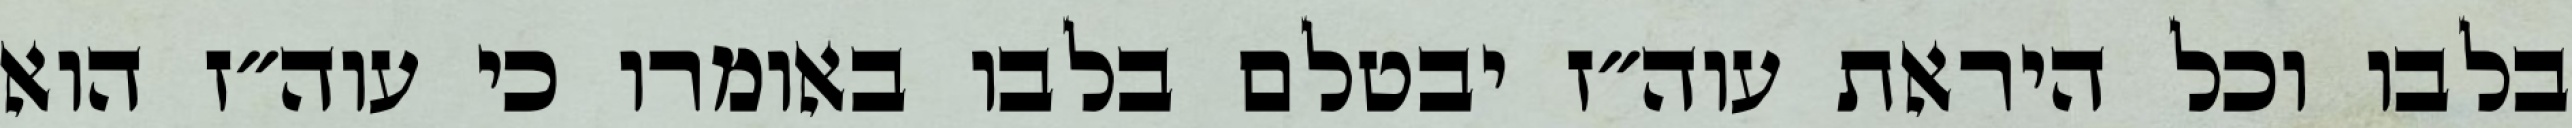
בלבו וכל היראת עוה״ז יבטלם בלבו באומרו כי עוה״ז הוא